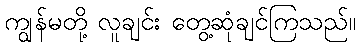
ကျွန်မတို့ လူချင်း တွေ့ဆုံချင်ကြသည်။